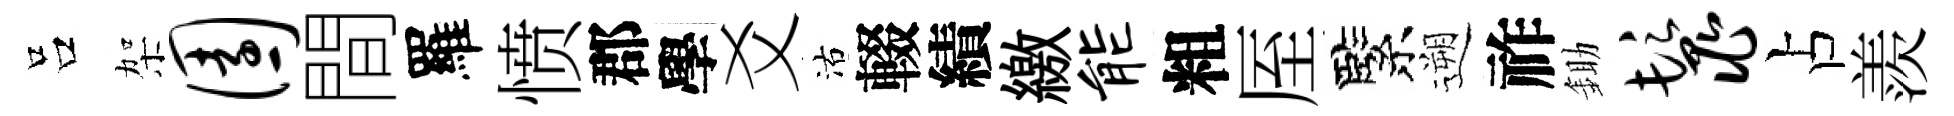
吕架园間羅愤郡學爻沽輟績繳能粗厔緊遡祚鋤鬣占羨